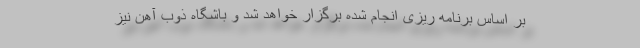
بر اساس برنامه ریزی انجام شده برگزار خواهد شد و باشگاه ذوب آهن نیز